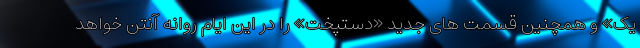
یک» و همچنین قسمت های جدید «دستپخت» را در این ایام روانه آنتن خواهد